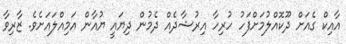
އާއިކް ގެއަށް ދޫކޮއްލުމަށްފަހު ހުރިހާ އިރުޝާދެއް ދެމުން ދިޔައީ ޔުއާން އަމިއްލައަށެވެ. ޒާރިވާ